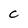
Character: C